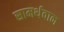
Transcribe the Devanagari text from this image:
सामर्थवान